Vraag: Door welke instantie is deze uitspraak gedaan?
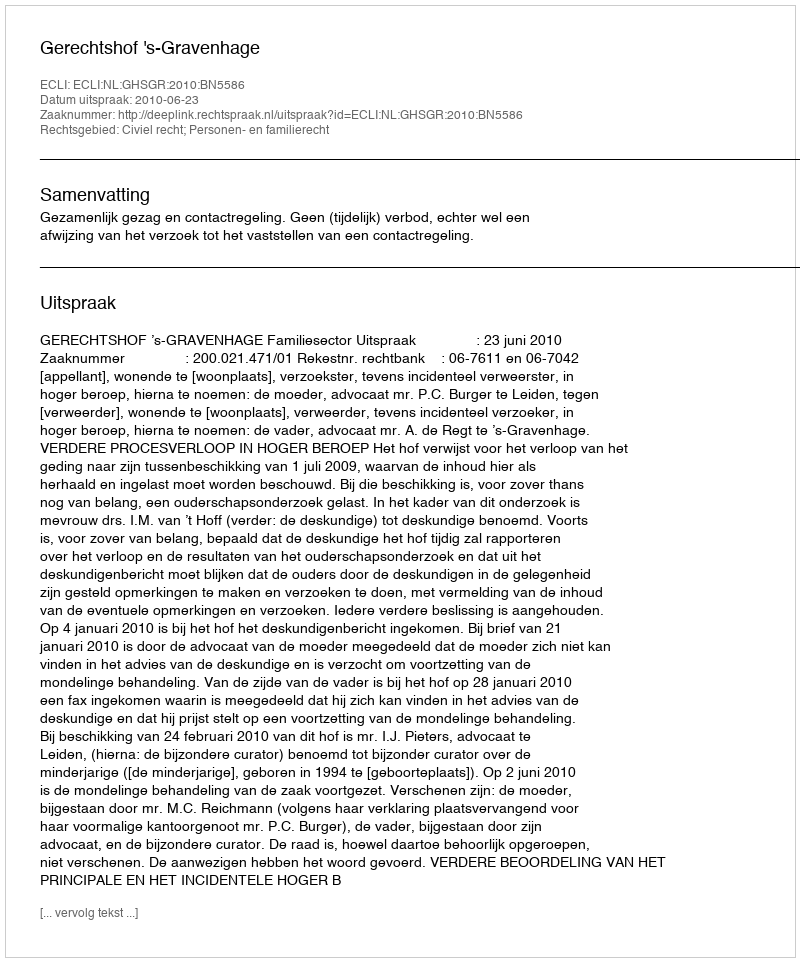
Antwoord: Gerechtshof 's-Gravenhage